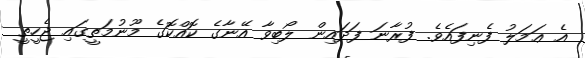
އެ ޢަމަލު ފެނިފައެވެ. ފުރާނަ ފަދައިން ލޯބިވާ އޭނާގެ ކޮއްކޮގެ މޫނުމަތީގައި ޖެހީތީ